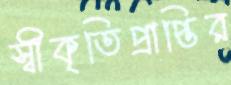
স্বীকৃতিপ্রাপ্তির